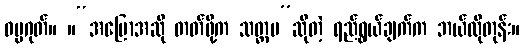
ဓမ္မဂုတ်။ ။“အပြောအဆို တတ်ဖို့က သတ္တမ”ဆိုတဲ့ ရည်ရွယ်ချက်က ဘယ်လိုတုန်း။